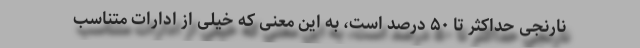
نارنجی حداکثر تا ۵۰ درصد است، به این معنی که خیلی از ادارات متناسب